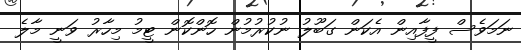
ނަމަވެސް ފީފާއިން އެކަން ގަބޫލު ނުކުރުމުން ހޮންކޮން ޓީމު މިހާރު ވަނީ މާލެ